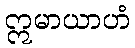
ဣမာယာဟံ